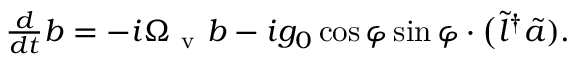
\begin{array} { r } { \frac { d } { d t } b = - i \Omega _ { \mathrm { ~ v ~ } } b - i g _ { 0 } \cos \varphi \sin \varphi \cdot \big ( \tilde { l } ^ { \dagger } \tilde { a } ) . } \end{array}